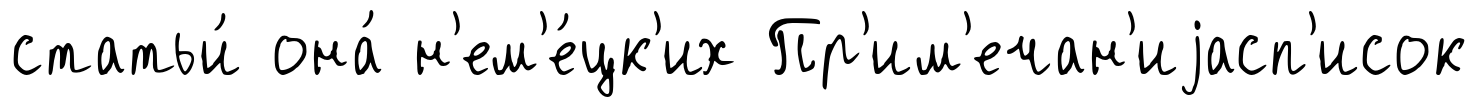
статьи́ она́ н'ем'е́цк'их Пр'им'ечан'иjасп'исок